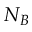
N _ { B }